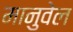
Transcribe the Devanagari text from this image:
मानुवेल